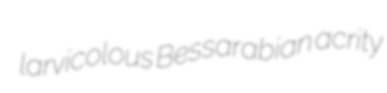
larvicolous Bessarabian acrity